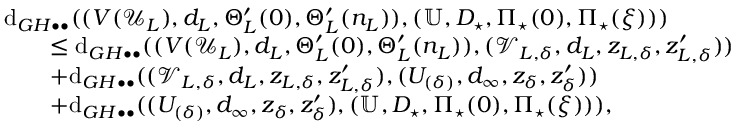
\begin{array} { r l } & { \mathrm { d } _ { G H \bullet \bullet } ( ( V ( \mathcal { U } _ { L } ) , d _ { L } , \Theta _ { L } ^ { \prime } ( 0 ) , \Theta _ { L } ^ { \prime } ( n _ { L } ) ) , ( \mathbb { U } , D _ { \star } , \Pi _ { \star } ( 0 ) , \Pi _ { \star } ( \xi ) ) ) } \\ & { \qquad \leq \mathrm { d } _ { G H \bullet \bullet } ( ( V ( \mathcal { U } _ { L } ) , d _ { L } , \Theta _ { L } ^ { \prime } ( 0 ) , \Theta _ { L } ^ { \prime } ( n _ { L } ) ) , ( \mathcal { V } _ { L , \delta } , d _ { L } , z _ { L , \delta } , z _ { L , \delta } ^ { \prime } ) ) } \\ & { \qquad + \mathrm { d } _ { G H \bullet \bullet } ( ( \mathcal { V } _ { L , \delta } , d _ { L } , z _ { L , \delta } , z _ { L , \delta } ^ { \prime } ) , ( U _ { ( \delta ) } , d _ { \infty } , z _ { \delta } , z _ { \delta } ^ { \prime } ) ) } \\ & { \qquad + \mathrm { d } _ { G H \bullet \bullet } ( ( U _ { ( \delta ) } , d _ { \infty } , z _ { \delta } , z _ { \delta } ^ { \prime } ) , ( \mathbb { U } , D _ { \star } , \Pi _ { \star } ( 0 ) , \Pi _ { \star } ( \xi ) ) ) , } \end{array}